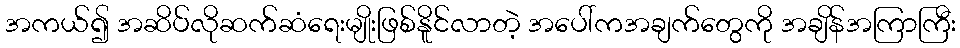
အကယ်၍ အဆိပ်လိုဆက်ဆံရေးမျိုးဖြစ်နိူင်လာတဲ့ အပေါ်ကအချက်တွေကို အချိန်အကြာကြီး